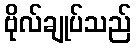
ဗိုလ်ချုပ်သည်